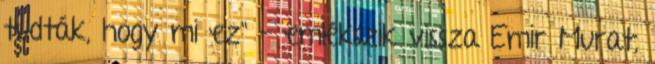
tudták, hogy mi ez" - emlékszik vissza Emir Murat,